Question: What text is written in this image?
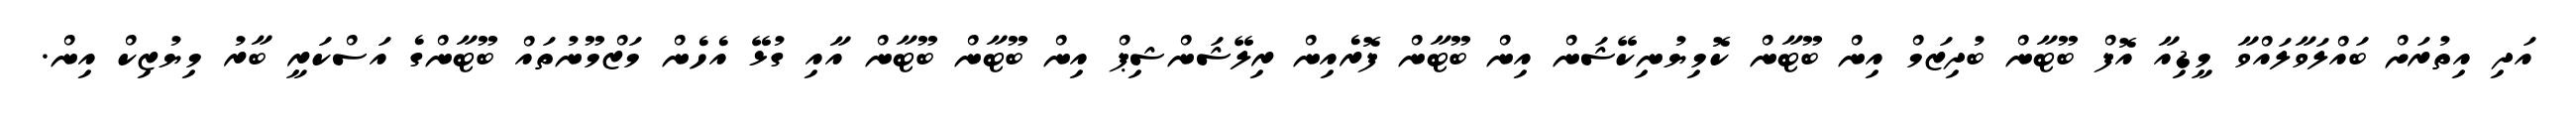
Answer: އަދި އިތުރަށް ބައްލަވާލައްވާ މީޑިއާ އޮފް ބޫޓާން ބުދިޒަމް އިން ބޫޓާން ކޮމިޔުނިކޭޝަން އިން ބޫޓާން ފޮރެއިން ރިލޭޝަންޝިޕް އިން ބޫޓާން ބޫޓާން އާއި ގުޅޭ އެހެން މަޒްމޫނުތައް ބޫޓާންގެ އަސްކަރީ ބާރު މިޔުޒިކް އިން.